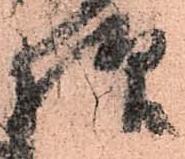
様